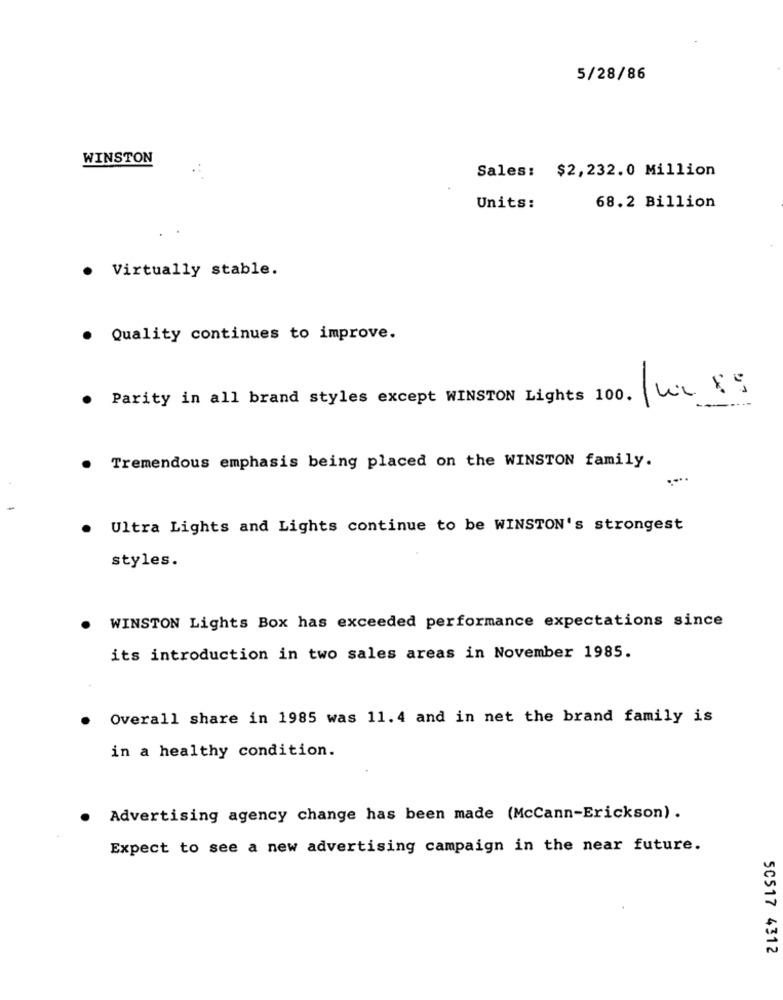
5/28/86
WINSTON
Sales: $2,232.0 Million
Units:
68.2 Billion
Virtually stable.
. Quality continues to improve.
Parity in all brand styles except WINSTON Lights 100. W2 85
. Tremendous emphasis being placed on the WINSTON family.
Ultra Lights and Lights continue to be WINSTON's strongest
styles.
WINSTON Lights Box has exceeded performance expectations since
its introduction in two sales areas in November 1985.
Overall share in 1985 was 11.4 and in net the brand family is
in a healthy condition.
Advertising agency change has been made (McCann-Erickson) .
Expect to see a new advertising campaign in the near future.
SC517 4312